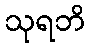
သုရဘိ